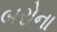
બરોના